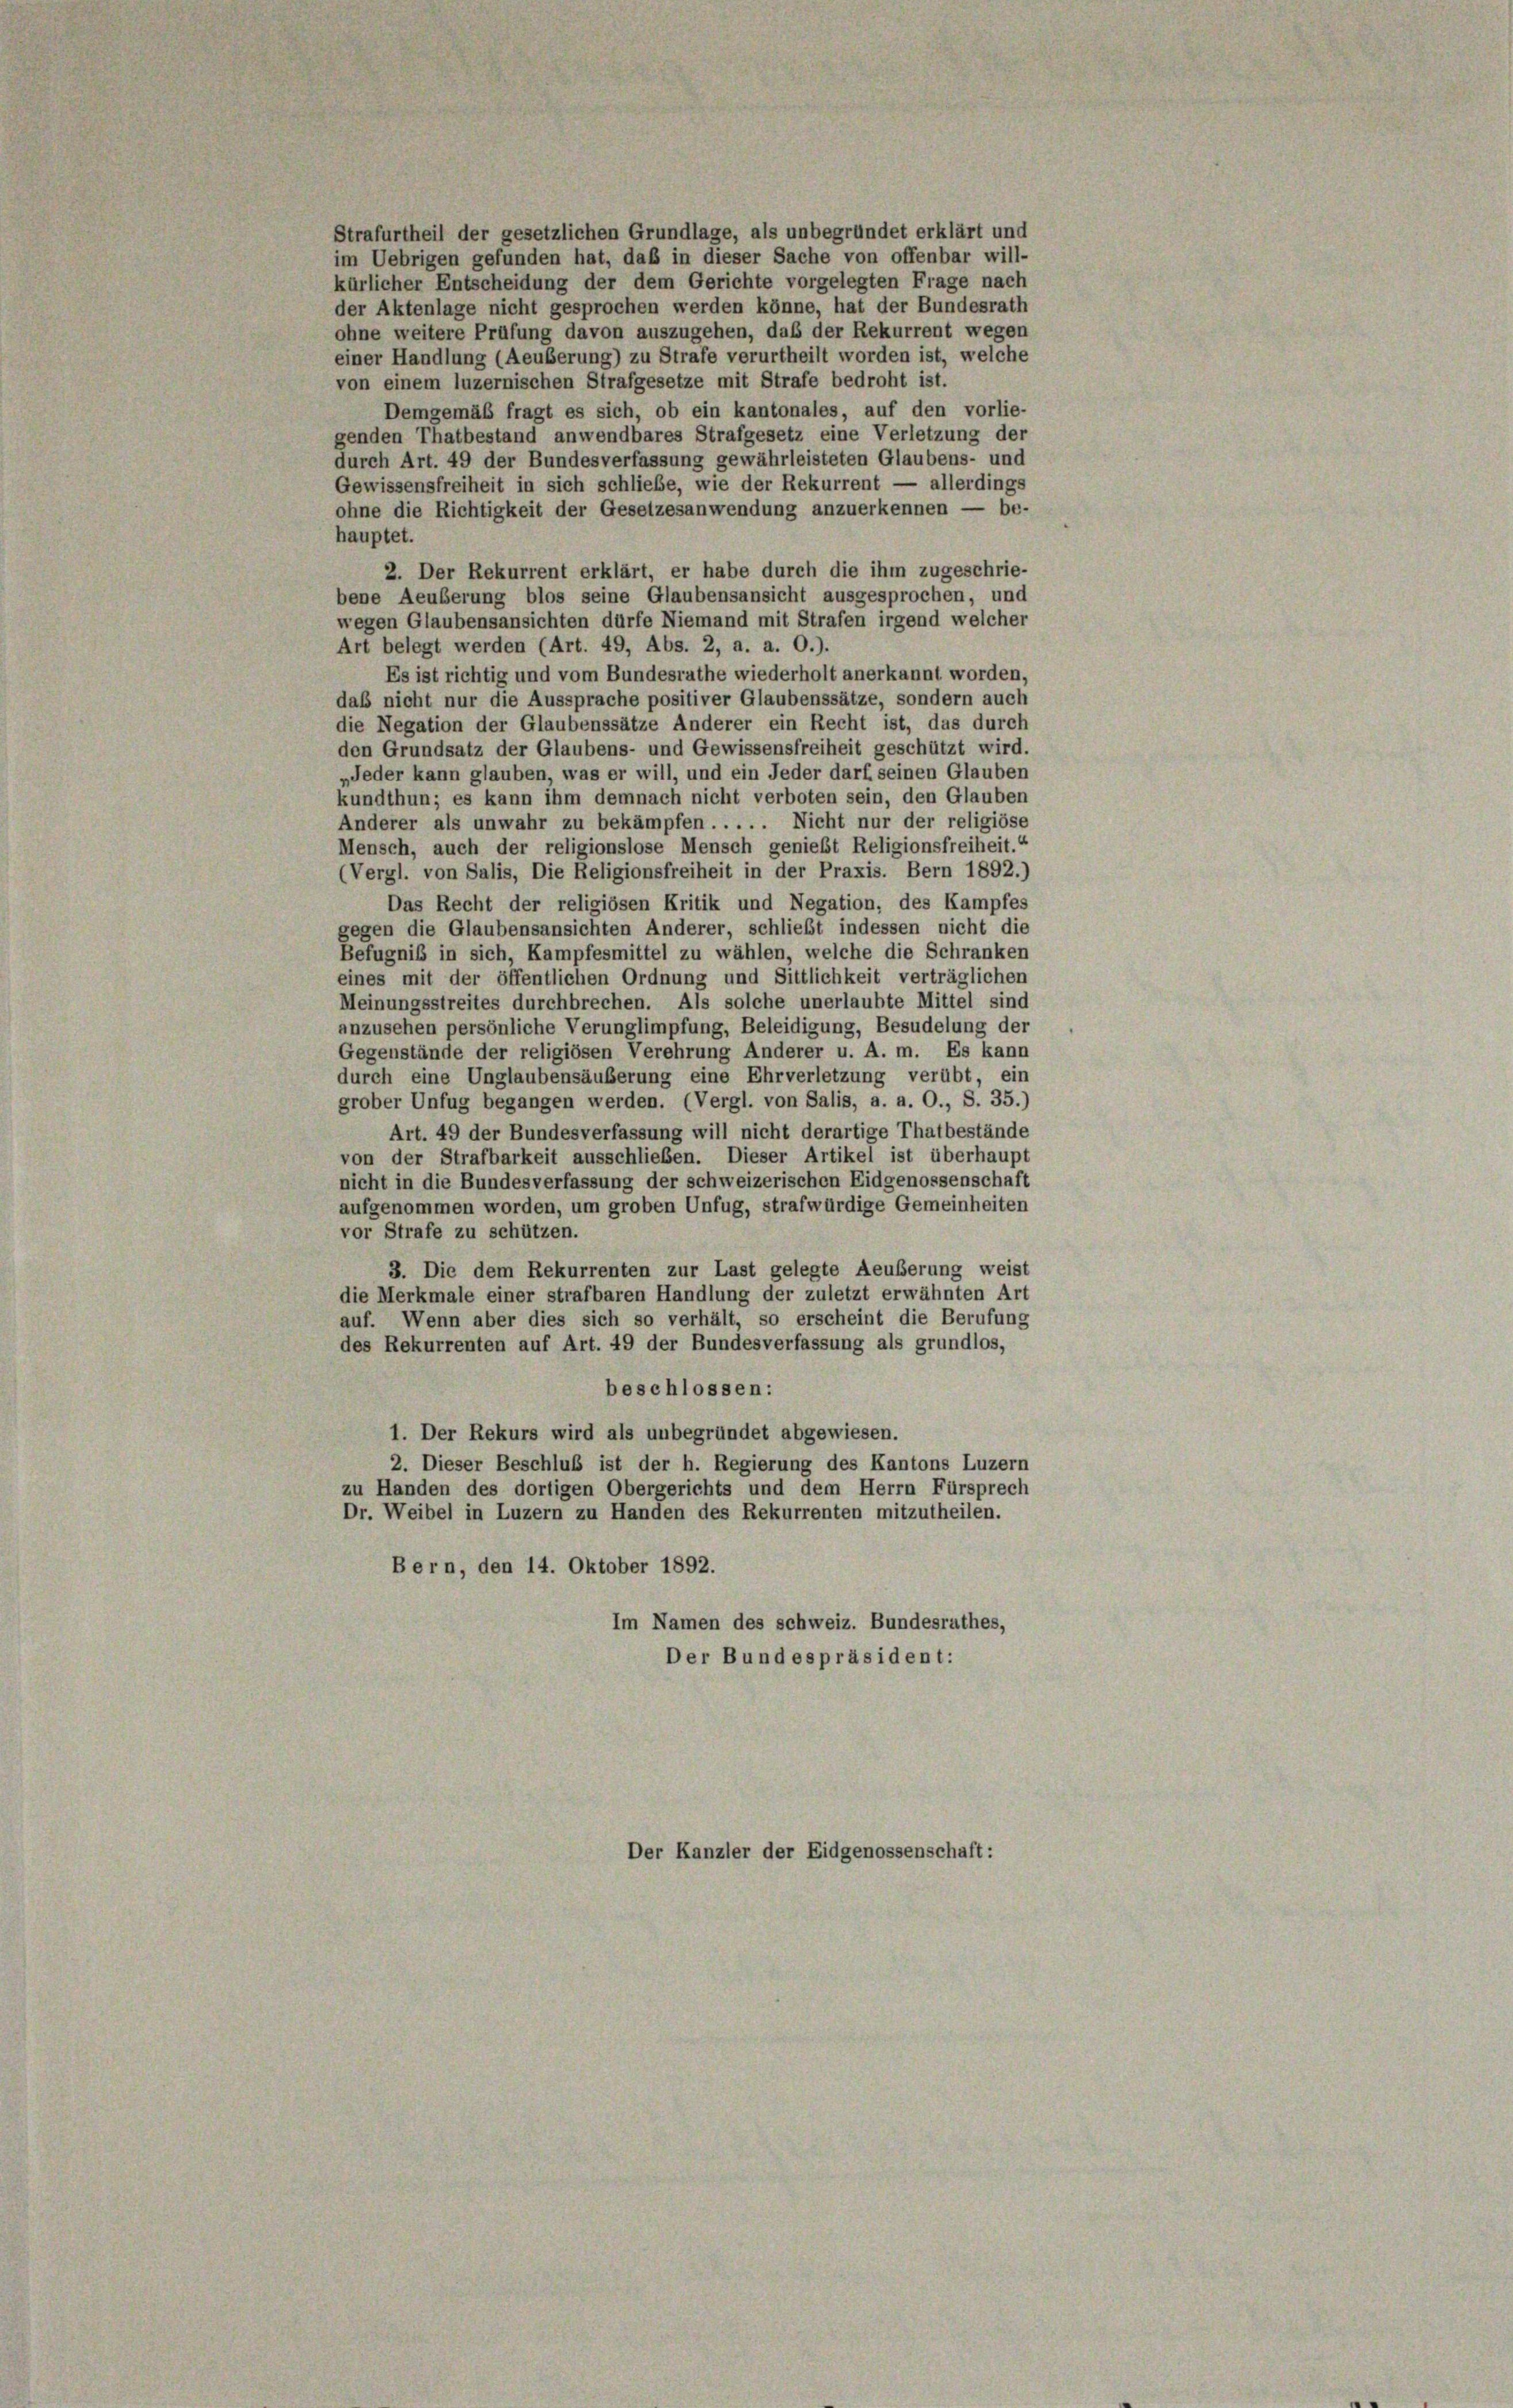
hauptet.
Der Kanzler der Eidgenossenschaft:

Strafurtheil der gesetzlichen Grundlage, als unbegründet erklärt und
im Uebrigen gefunden hat, daß in dieser Sache von offenbar will-
kürlicher Entscheidung der dem Gerichte vorgelegten Frage nach
der Aktenlage nicht gesprochen werden könne, hat der Bundesrath
ohne weitere Prüfung davon auszugehen, daß der Rekurrent wegen
einer Handlung (Aeuberung) zu Strafe verurtheilt worden ist, welche
von einem luzernischen Strafgesetze mit Strafe bedroht ist.
Demgemäß fragt es sich, ob ein kantonales, auf den vorlie-
genden Thatbestand anwendbares Strafgesetz eine Verletzung der
durch Art. 49 der Bundesverfassung gewährleisteten Glaubens- und
Gewissensfreiheit in sich schliebe, wie der Rekurrent — allerdings
ohne die Richtigkeit der Gesetzesanwendung anzuerkennen — be-
2. Der Rekurrent erklärt, er habe durch die ihm zugeschrie-
bene Aeußerung blos seine Glaubensansicht ausgesprochen, und
wegen Glaubensansichten dürfe Niemand mit Strafen irgend welcher
Art belegt werden (Art. 49, Abs. 2, a. a. 0.).
Es ist richtig und vom Bundesrathe wiederholt anerkannt worden,
das nicht nur die Aussprache positiver Glaubenssätze, sondern auch
die Negation der Glaubenssätze Anderer ein Recht ist, das durch
den Grundsatz der Glaubens- und Gewissensfreiheit geschützt wird.
Jeder kann glauben, was er will, und ein Jeder darf seinen Glauben
kundthun; es kann ihm demnach nicht verboten sein, den Glauben
Anderer als unwahr zu bekämpfen . . . . . Nicht nur der religiöse
Mensch, auch der religionslose Mensch genießt Religionsfreiheit.“
(Vergl. von Salis, Die Religionsfreiheit in der Praxis. Bern 1892.)
Das Recht der religiösen Kritik und Negation, des Kampfes
gegen die Glaubensansichten Anderer, schließt indessen nicht die
Befugnis in sich, Kampfesmittel zu wählen, welche die Schranken
eines mit der öffentlichen Ordnung und Sittlichkeit verträglichen
Meinungsstreites durchbrechen. Als solche unerlaubte Mittel sind
anzusehen persönliche Verunglimpfung, Beleidigung, Besudelung der
Gegenstände der religiösen Verehrung Anderer u. A. m. Es kann
durch eine Unglaubensäuberung eine Ehrverletzung verübt, ein
grober Unfug begangen werden. (Vergl. von Salis, a. a. O., S. 35.)
Art. 49 der Bundesverfassung will nicht derartige Thatbestände
von der Strafbarkeit ausschließen. Dieser Artikel ist überhaupt
nicht in die Bundesverfassung der schweizerischen Eidgenossenschaft
aufgenommen worden, um groben Unfug, strafwürdige Gemeinheiten
vor Strafe zu schützen.
3. Die dem Rekurrenten zur Last gelegte Aeußerung weist
die Merkmale einer strafbaren Handlung der zuletzt erwähnten Art
auf. Wenn aber dies sich so verhält, so erscheint die Berufung
des Rekurrenten auf Art. 49 der Bundesverfassung als grundlos,
beschlossen:
1. Der Rekurs wird als unbegründet abgewiesen.
2. Dieser Beschluß ist der h. Regierung des Kantons Luzern
zu Handen des dortigen Obergerichts und dem Herrn Fürsprech
Dr. Weibel in Luzern zu Handen des Rekurrenten mitzutheilen.
Bern, den 14. Oktober 1892.
Im Namen des schweiz. Bundesrathes,
Der Bundespräsident: